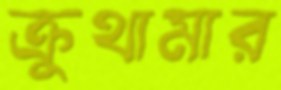
ক্রুথামার